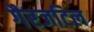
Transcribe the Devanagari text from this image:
गैरजटिल